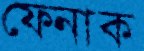
ফেনাক